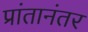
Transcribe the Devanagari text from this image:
प्रांतानंतर